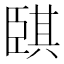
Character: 𦣫